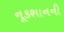
નૂકશાનની